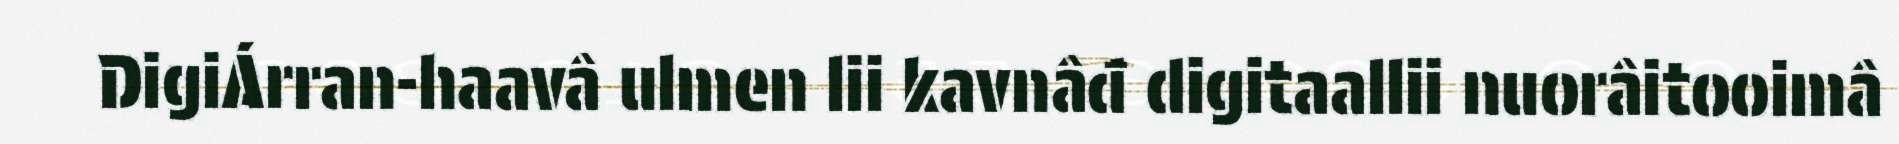
DigiÁrran-haavâ ulmen lii kavnâđ digitaallii nuorâitooimâ